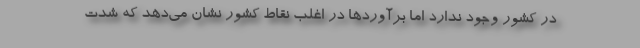
در کشور وجود ندارد اما برآوردها در اغلب نقاط کشور نشان می‌دهد که شدت